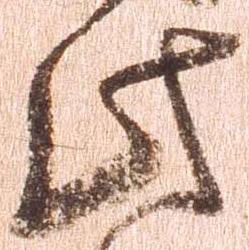
此